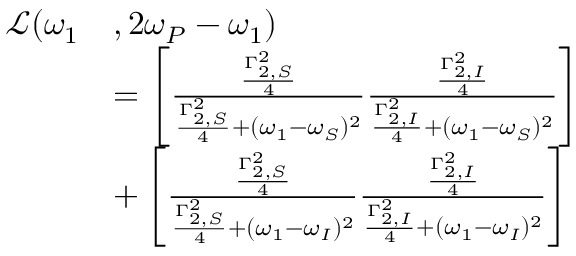
\begin{array} { r l } { \mathcal { L } ( \omega _ { 1 } } & { , 2 \omega _ { P } - \omega _ { 1 } ) } \\ & { = \left[ \frac { \frac { \Gamma _ { 2 , S } ^ { 2 } } { 4 } } { \frac { \Gamma _ { 2 , S } ^ { 2 } } { 4 } + ( \omega _ { 1 } - \omega _ { S } ) ^ { 2 } } \frac { \frac { \Gamma _ { 2 , I } ^ { 2 } } { 4 } } { \frac { \Gamma _ { 2 , I } ^ { 2 } } { 4 } + ( \omega _ { 1 } - \omega _ { S } ) ^ { 2 } } \right] } \\ & { + \left[ \frac { \frac { \Gamma _ { 2 , S } ^ { 2 } } { 4 } } { \frac { \Gamma _ { 2 , S } ^ { 2 } } { 4 } + ( \omega _ { 1 } - \omega _ { I } ) ^ { 2 } } \frac { \frac { \Gamma _ { 2 , I } ^ { 2 } } { 4 } } { \frac { \Gamma _ { 2 , I } ^ { 2 } } { 4 } + ( \omega _ { 1 } - \omega _ { I } ) ^ { 2 } } \right] } \end{array}